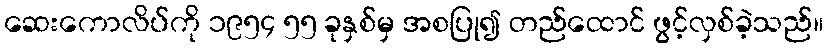
ဆေးကောလိပ်ကို ၁၉၅၄ ၅၅ ခုနှစ်မှ အစပြု၍ တည်ထောင် ဖွင့်လှစ်ခဲ့သည်။